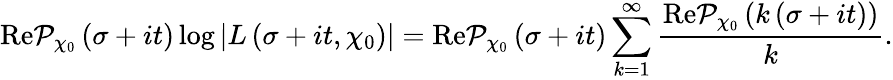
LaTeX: \textnormal{Re}\mathcal{P}_{\chi_{0}}\left(\sigma+it\right)\log\left|L\left(\sigma+it,\chi_{0}\right)\right|=\textnormal{Re}\mathcal{P}_{\chi_{0}}\left(\sigma+it\right)\sum_{k=1}^{\infty}\frac{\textnormal{Re}\mathcal{P}_{\chi_{0}}\left(k\left(\sigma+it\right)\right)}{k}.